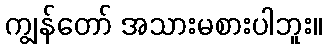
ကျွန်တော် အသားမစားပါဘူး။